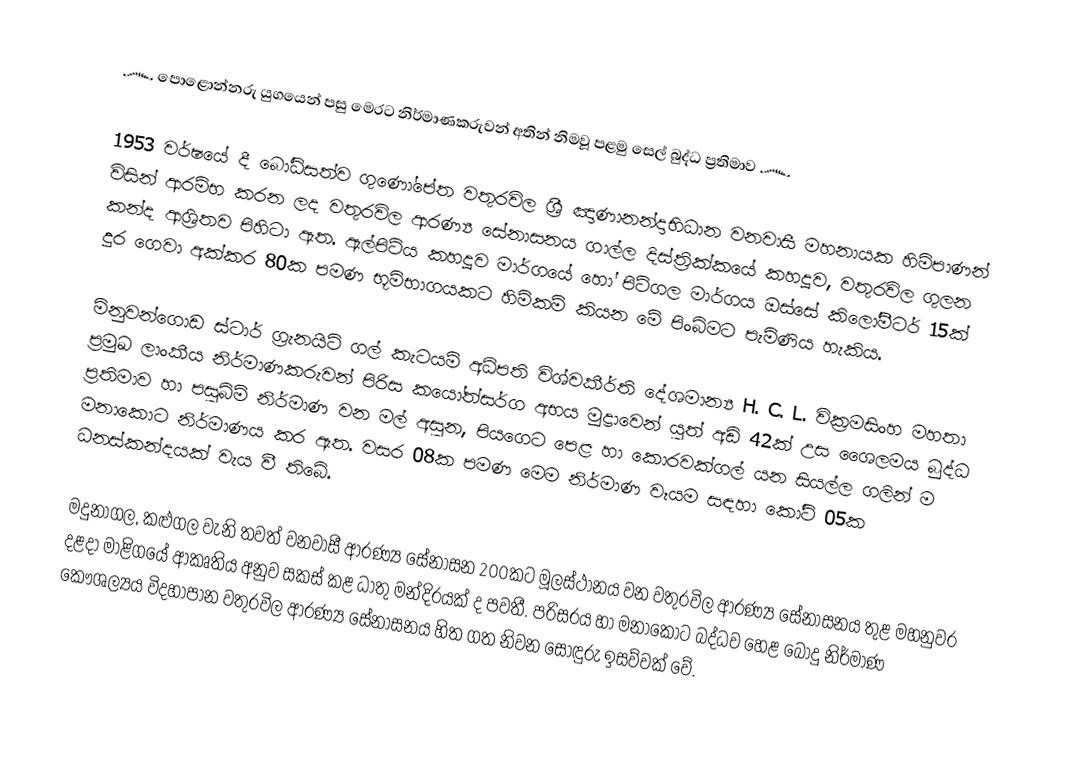
෴ පොළොන්නරු යුගයෙන් පසු මෙරට නිර්මාණකරුවන් අතින් නිමවූ පළමු සෙල් බුද්ධ ප්‍රතිමාව ෴

   1953 වර්ෂයේ දී බෝධිසත්ව ගුණෝපේත වතුරවිල ශ්‍රී ඤාණානන්දාභිධාන වනවාසී මහනායක හිමිපාණන් විසින් ආරම්භ කරන ලද වතුරවිල ආරණ්‍ය සේනාසනය ගාල්ල දිස්ත්‍රික්කයේ කහදූව, වතුරවිල ගුලන කන්ද ආශ්‍රිතව පිහිටා ඇත. ඇල්පිටිය කහදූව මාර්ගයේ හෝ පිටිගල මාර්ගය ඔස්සේ කිලෝමීටර් 15ක් දුර ගෙවා අක්කර 80ක පමණ භූමිභාගයකට හිමිකම් කියන මේ පිංබිමට පැමිණිය හැකිය.

මිනුවන්ගොඩ ස්ටාර් ග්‍රැනයිට් ගල් කැටයම් අධිපති විශ්වකීර්ති දේශමාන්‍ය H. C. L. වික්‍රමසිංහ මහතා ප්‍රමුඛ ලාංකීය නිර්මාණකරුවන් පිරිස කයෝත්සර්ග අභය මුද්‍රාවෙන් යුත් අඩි 42ක් උස ශෛලමය බුද්ධ ප්‍රතිමාව හා පසුබිම් නිර්මාණ වන මල් අසුන, පියගෙට පෙළ හා කොරවක්ගල් යන සියල්ල ගලින් ම මනාකොට නිර්මාණය කර ඇත. වසර 08ක පමණ මෙම නිර්මාණ වෑයම සඳහා කෝටි 05ක ධනස්කන්දයක් වැය වී තිබේ.

මදුනාගල, කළුගල වැනි තවත් වනවාසී ආරණ්‍ය සේනාසන 200කට මූලස්ථානය වන වතුරවිල ආරණ්‍ය සේනාසනය තුළ මහනුවර දළදා මාළිගයේ ආකෘතිය අනුව සකස් කළ ධාතු මන්දිරයක් ද පවතී. පරිසරය හා මනාකොට බද්ධව හෙළ බොදු නිර්මාණ කෞශල්‍යය විදහාපාන වතුරවිල ආරණ්‍ය සේනාසනය හිත ගත නිවන සොඳුරු ඉසව්වක් වේ.